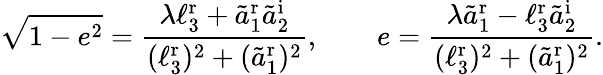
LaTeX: \sqrt{1-e^{2}}=\frac{\lambda\ell_{3}^{\textrm{r}}+\tilde{a}_{1}^{\textrm{r}}\tilde{a}_{2}^{\textrm{i}}}{(\ell_{3}^{\textrm{r}})^{2}+(\tilde{a}_{1}^{\textrm{r}})^{2}},\qquad e=\frac{\lambda\tilde{a}_{1}^{\textrm{r}}-\ell_{3}^{\textrm{r}}\tilde{a}_{2}^{\textrm{i}}}{(\ell_{3}^{\textrm{r}})^{2}+(\tilde{a}_{1}^{\textrm{r}})^{2}}.